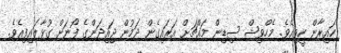
ހައިރާން ހީވިއެވެ. މެހްވިޝް ސިޑިން މައްޗަށް އަރައިގެން ދަމުން ޖައިދަންގެ ފޯނަށް ގުޅާލައިފިއެވެ.